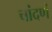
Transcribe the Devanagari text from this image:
चांदणं